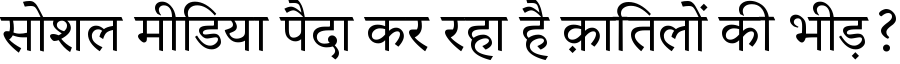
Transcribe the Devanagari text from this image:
सोशल मीडिया पैदा कर रहा है क़ातिलों की भीड़?